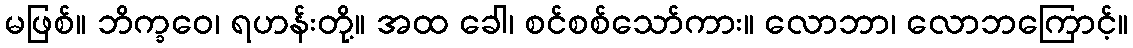
မဖြစ်။ ဘိက္ခဝေ၊ ရဟန်းတို့။ အထ ခေါ၊ စင်စစ်သော်ကား။ လောဘာ၊ လောဘကြောင့်။